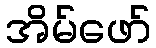
အိမ်ဖော်